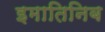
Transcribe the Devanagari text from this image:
इमातिनिब